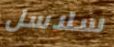
سلاسل